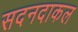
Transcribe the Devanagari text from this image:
सदनदाकल